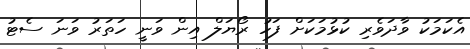
އެކަމަކު ވާދަވެރި ކުޅުމަކަށް ފަހު ރޯޔަލް އިން ވަނީ ހަތަރު ވަނަ ސެޓު